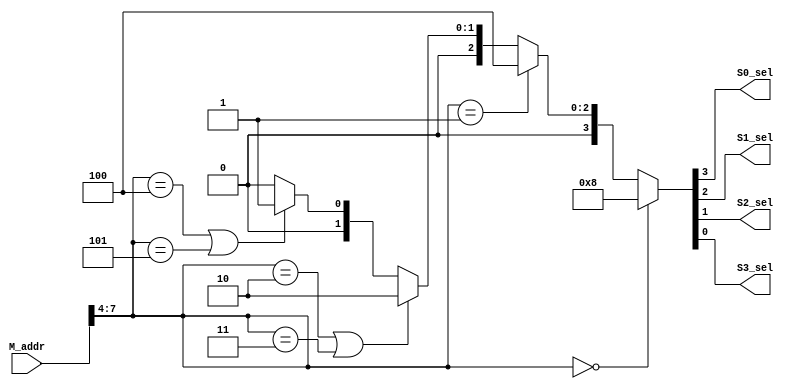
module bus_addr(M_addr,S0_sel,S1_sel,S2_sel, S3_sel);//address decoder module

	input [7:0] M_addr;//master address
	output S0_sel, S1_sel, S2_sel, S3_sel;//slave selection output
	reg S0_sel, S1_sel, S2_sel, S3_sel;//reg slave selection
	wire [3:0] upper_bit;//wire upper bit
	
	assign upper_bit=M_addr[7:4];//assign upper bit as M_addr[7:4]
	
	always @ (M_addr) begin//combinational logic block
		if(upper_bit==4'h0) {S0_sel, S1_sel, S2_sel, S3_sel}<=4'b1000;//if upper_bit==4'h0, slave0 is selected
		else if(upper_bit==4'h1)	{S0_sel, S1_sel, S2_sel, S3_sel}<=4'b0100;//if upper_bit==4'h1, slave 1 is selected
		else if((upper_bit==4'h2)||(upper_bit==4'h3))	{S0_sel, S1_sel, S2_sel, S3_sel}<=4'b0010;//if upper_bit==4'h2or 4'h3, slave 2 is selected
		else if((upper_bit==4'h4)||(upper_bit==4'h5))	{S0_sel, S1_sel, S2_sel, S3_sel}<=4'b0001;//if upper_bit==4'h4 or 4'h5, slave 3 is selected
		else	{S0_sel, S1_sel, S2_sel, S3_sel}<=4'b0000;//default
	end
	
endmodule//endmodule